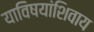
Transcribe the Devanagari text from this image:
याविषयांशिवाय